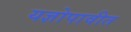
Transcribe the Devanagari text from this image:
यज्ञोपावीत